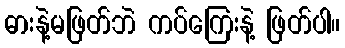
ဓားနဲ့မဖြတ်ဘဲ ကပ်ကြေးနဲ့ ဖြတ်ပါ။